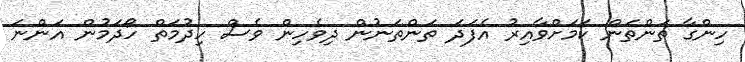
ހިންގާ ތަންތަން ކަމަށްވާއިރު އެފަދަ ތަންތަނުން ދިވެހިން ވެސް ހިދުމަތް ހޯދަމުން އަންނަ